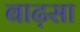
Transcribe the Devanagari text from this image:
बाढ़सा